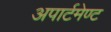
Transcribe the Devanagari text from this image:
अपार्टमेण्ट